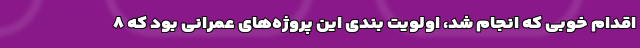
اقدام خوبی که انجام شد، اولویت بندی این پروژه‌های عمرانی بود که ۸